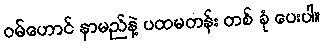
ဝမ်ဟောင် နာမည်နဲ့ ပထမတန်း တစ် ခုံ ပေးပါ။